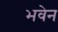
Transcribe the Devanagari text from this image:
भवेन